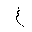
Letter: _gayn